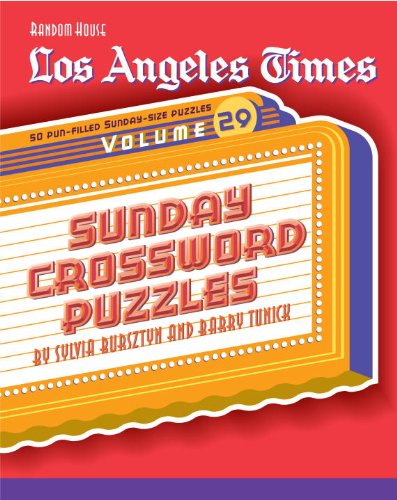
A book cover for Los Angeles Times Sunday Crossword Puzzles, Volume 29 (The Los Angeles Times); Barry Tunick; Humor & Entertainment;